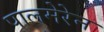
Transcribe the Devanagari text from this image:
पालमेरेन